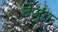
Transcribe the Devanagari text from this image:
बेजुंग